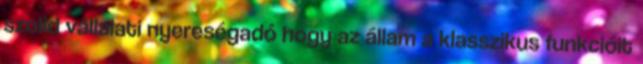
szolid vállalati nyereségadó hogy az állam a klasszikus funkcióit